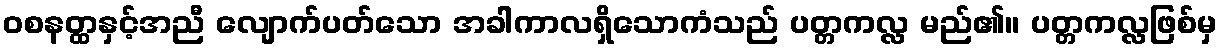
ဝစနတ္ထနှင့်အညီ လျောက်ပတ်သော အခါကာလရှိသောကံသည် ပတ္တကလ္လ မည်၏။ ပတ္တကလ္လဖြစ်မှ